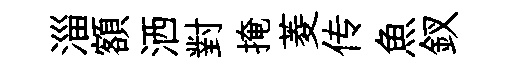
淄額洒對掩菱传魚釵